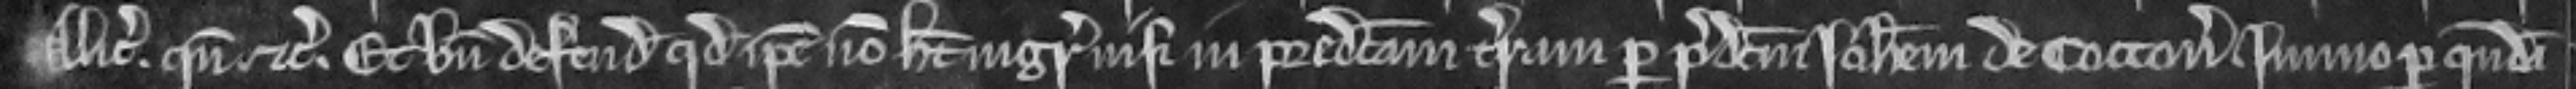
Alicie quando etc. et bene defendit quod ipse non habet ingressum nisi in predictam terram per predictum Johannem de Cotton immo per quendam